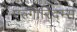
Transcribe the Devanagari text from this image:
एल्गोरिद्म्स